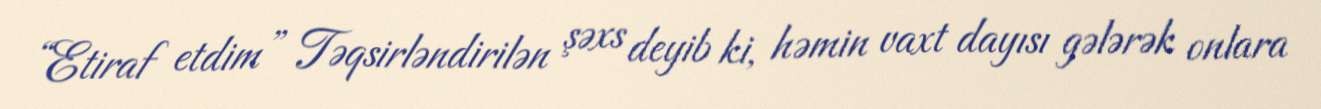
“Etiraf etdim” Təqsirləndirilən şəxs deyib ki, həmin vaxt dayısı gələrək onlara